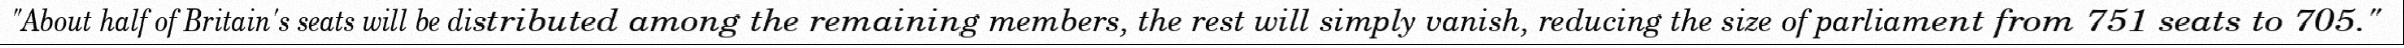
"About half of Britain's seats will be distributed among the remaining members, the rest will simply vanish, reducing the size of parliament from 751 seats to 705."